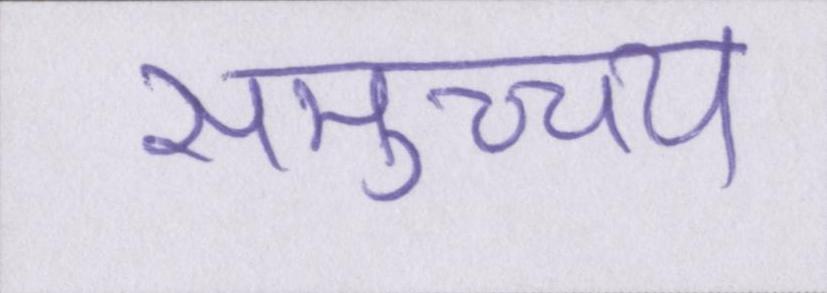
समुच्च्य